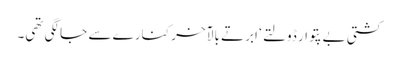
کشتی بے پتوار ڈولتے ‘ ابرتے بالآخر کنارے سے جا لگی تھی۔